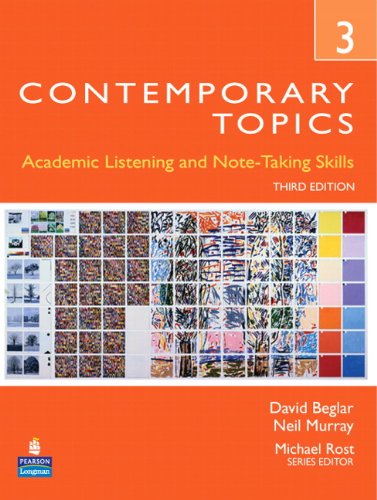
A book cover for Contemporary Topics 3: Academic Listening and Note-Taking Skills, 3rd Edition; David Beglar; Test Preparation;